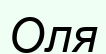
Оля